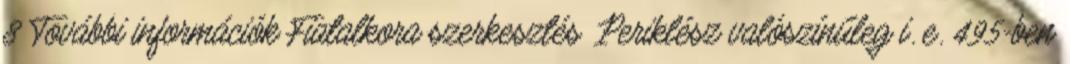
8 További információk Fiatalkora szerkesztés Periklész valószínűleg i. e. 495-ben